DOW-UAP-D48, Department of the Air Force Report, 1996
Agency: Department of War
Incident date: 9/10/96
Page 126
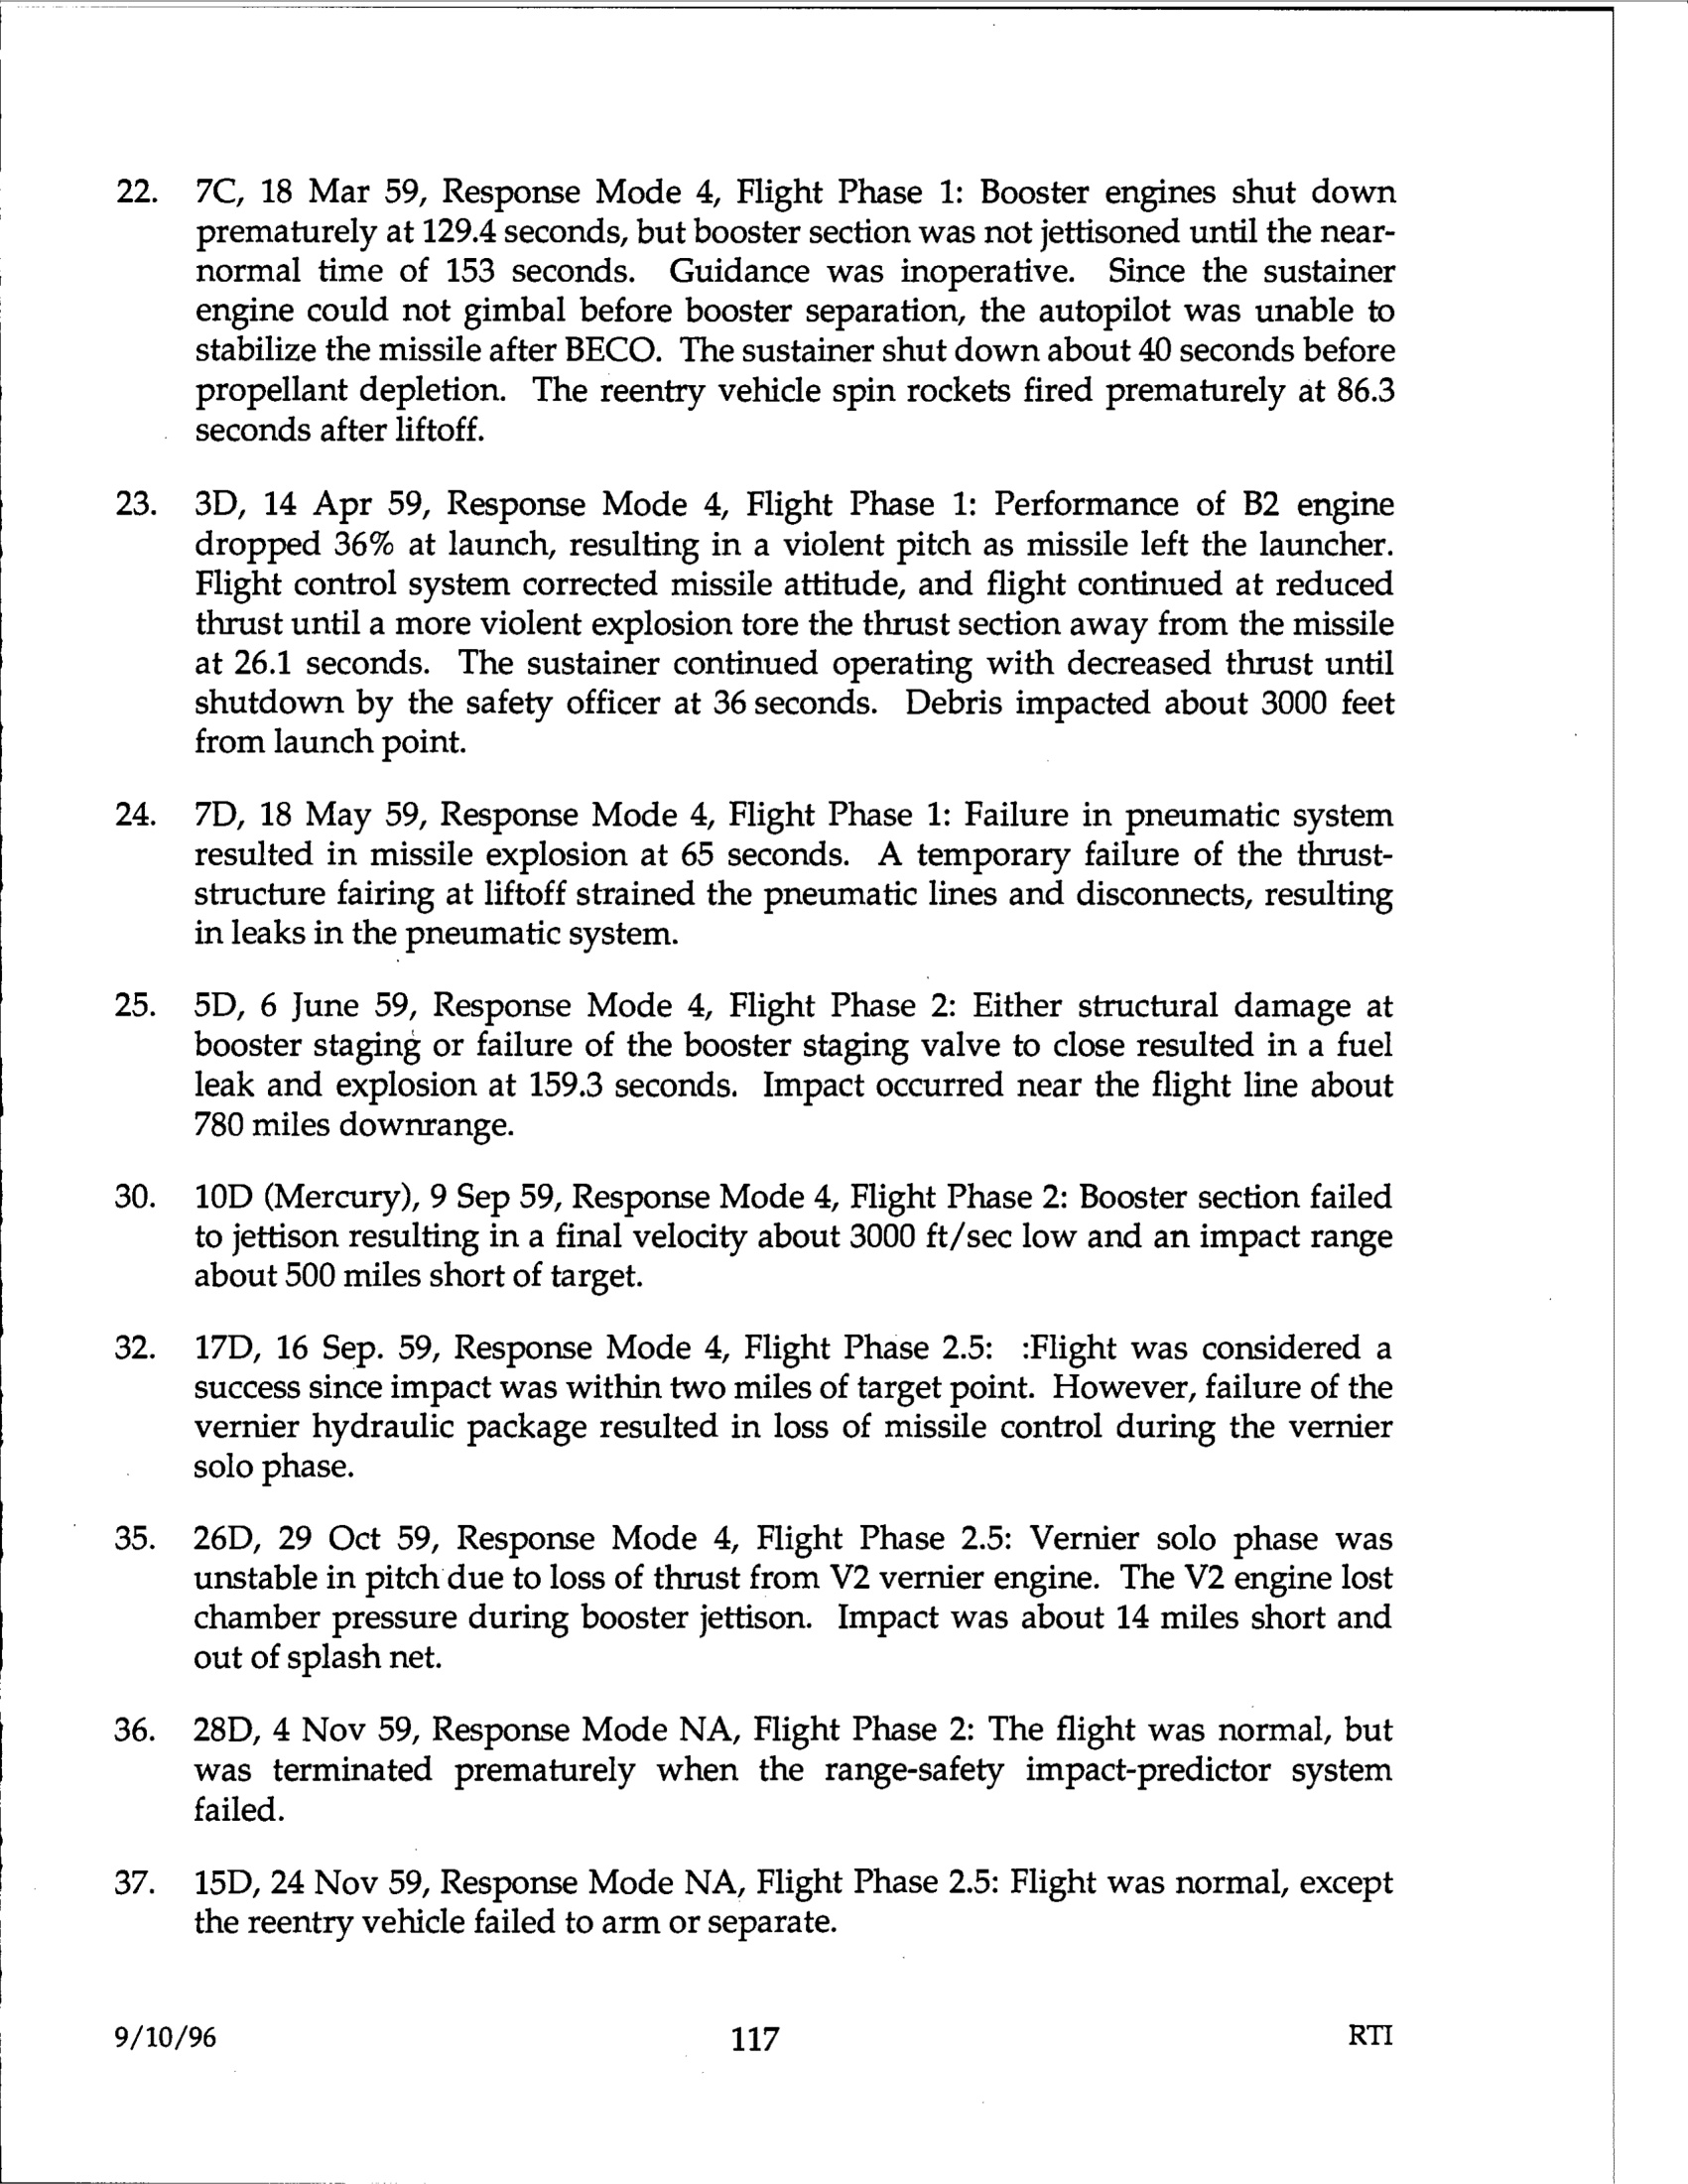